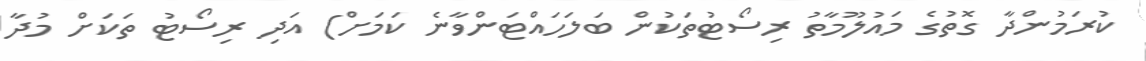
ކުރަމުންދާ ގޮތުގެ މައުލޫމާތު ރިސޯޓުތަކުން ބަލަހައްޓަންވާނެ ކަމަށް) އަދި ރިސޯޓު ތަކަށް މުދާ